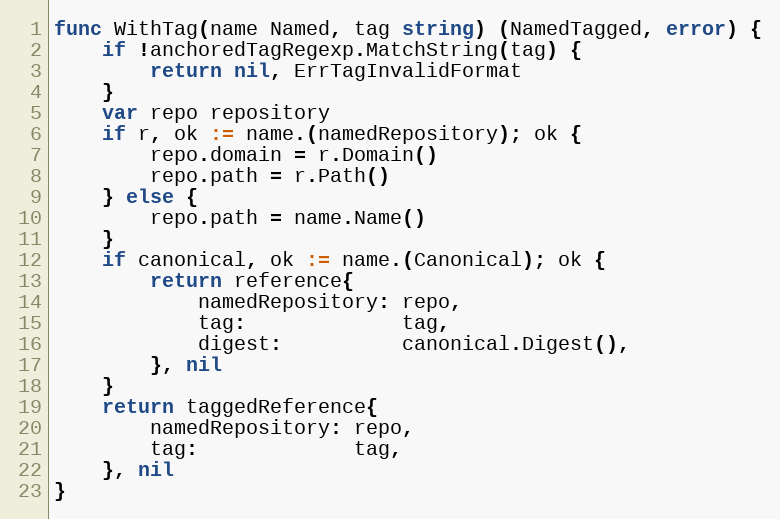
Language: Go
func WithTag(name Named, tag string) (NamedTagged, error) {
	if !anchoredTagRegexp.MatchString(tag) {
		return nil, ErrTagInvalidFormat
	}
	var repo repository
	if r, ok := name.(namedRepository); ok {
		repo.domain = r.Domain()
		repo.path = r.Path()
	} else {
		repo.path = name.Name()
	}
	if canonical, ok := name.(Canonical); ok {
		return reference{
			namedRepository: repo,
			tag:             tag,
			digest:          canonical.Digest(),
		}, nil
	}
	return taggedReference{
		namedRepository: repo,
		tag:             tag,
	}, nil
}